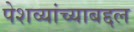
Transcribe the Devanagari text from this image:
पेशव्यांच्याबद्दल